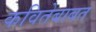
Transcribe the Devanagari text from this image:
कवितेबाबत